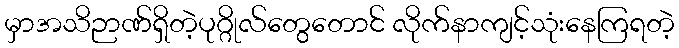
မှာအသိဉာဏ်ရှိတဲ့ပုဂ္ဂိုလ်တွေတောင် လိုက်နာကျင့်သုံးနေကြရတဲ့